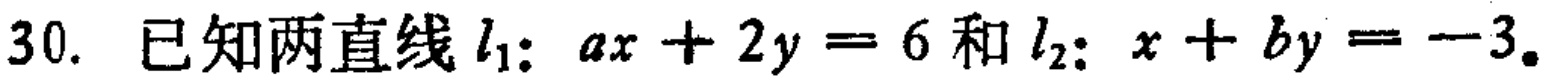
已知两直线$l_{1}:ax + 2y = 6$和$l_{2}:x + by = -3$。